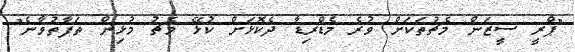
"ޕްރީ ސީޒަން މެޗުތަކަށް ވުރެ މެޑްރިޑާ ދެކޮޅަށް ކުޅޭ މެޗު މުޅިން ތަފާތުވާނެ"